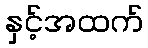
နှင့်အထက်